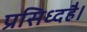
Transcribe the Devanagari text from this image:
प्रसिध्दहै।